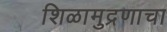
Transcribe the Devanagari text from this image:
शिळामुद्रणाचा